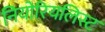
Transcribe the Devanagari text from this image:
नियोरियलिस्ट